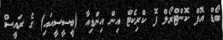
ބޯޑް އޮފް ކޮންޓްރޯލް ފޮ ކްރިކެޓް އިން އިންޑިއާ (ބީސީސީއައި) ގެ ރައީސް